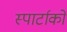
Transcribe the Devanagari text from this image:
स्पार्टाको